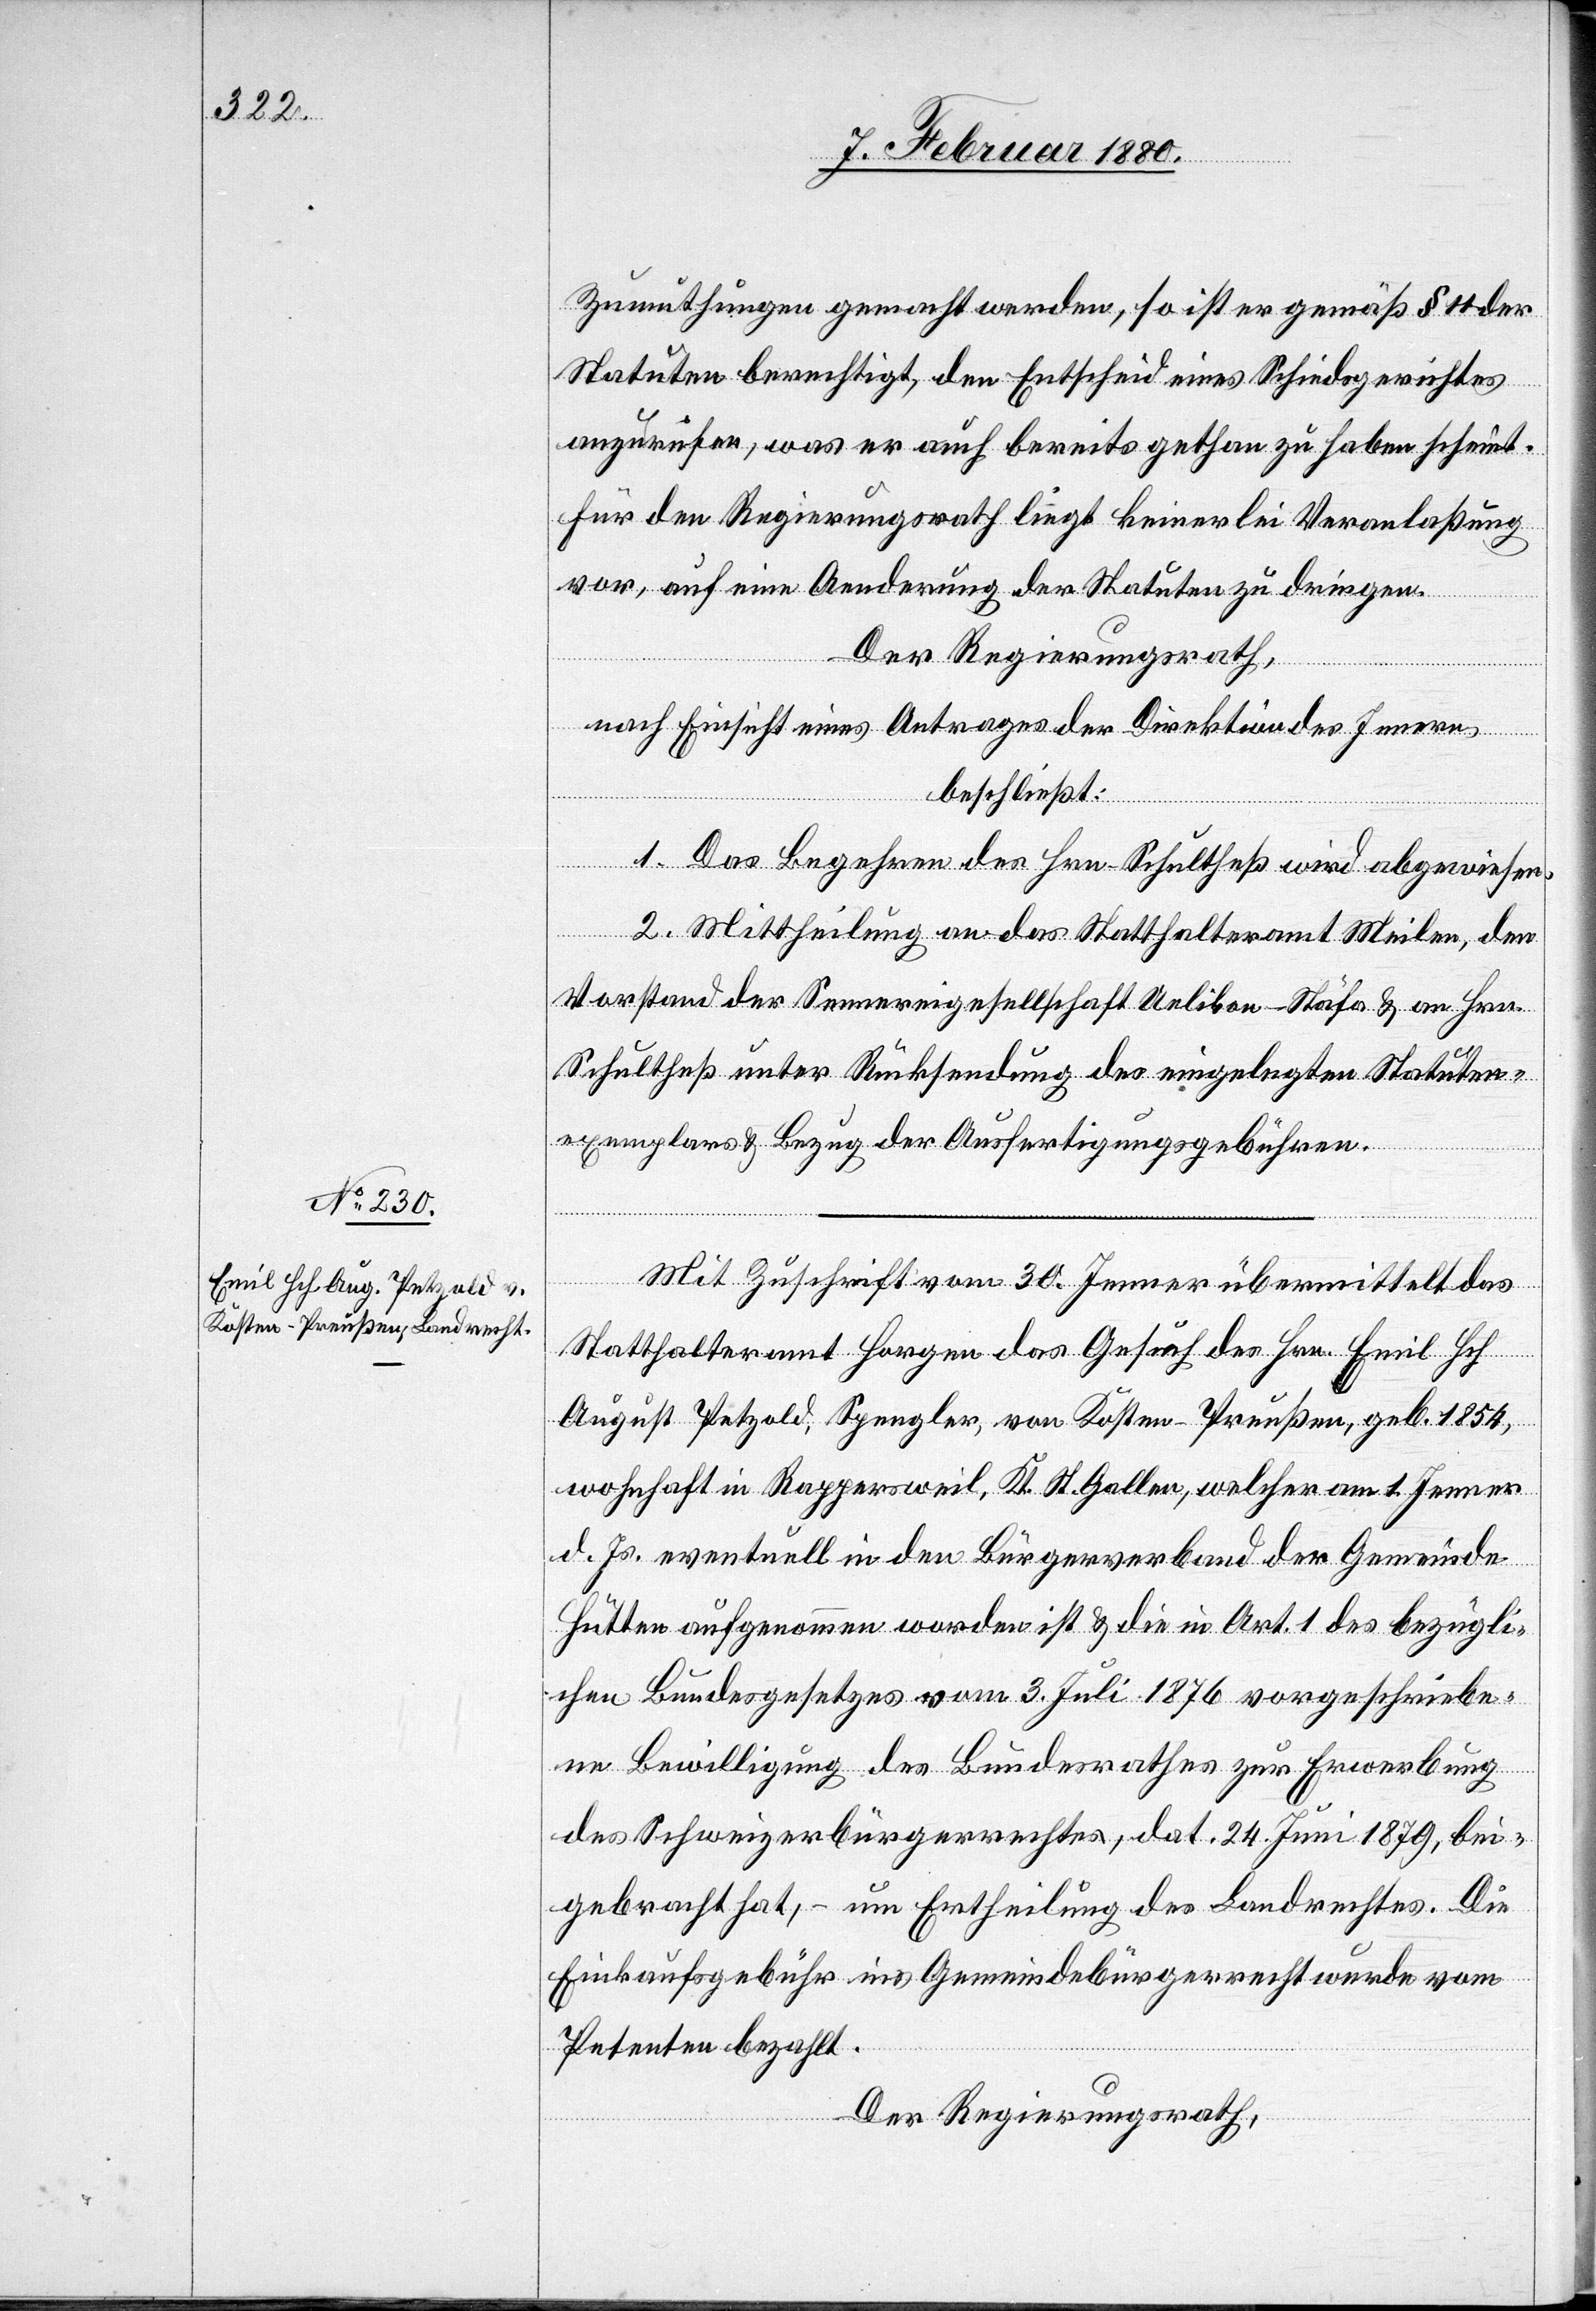
Zumuthungen gemacht werden, so ist er gemäß § 11 der
Statuten berechtigt, den Entscheid eines Schiedsgerichtes
anzurufen, was er auch bereits gethan zu haben scheint.
Für den Regierungsrath liegt keinerlei Veranlaßung
vor, auf eine Aenderung der Statuten zu dringen.
Der Regierungsrath,
nach Einsicht eines Antrages der Direktion des Innern,
beschließt:
1. Das Begehren des Hrn. Schultheß wird abgewiesen.
2. Mittheilung an das Statthalteramt Meilen, den
Vorstand der Sennereigesellschaft Uelikon - Stäfa & an Hrn.
Schultheß unter Rücksendung des eingelegten Statuten¬
exemplars & Bezug der Ausfertigungsgebühren.
Mit Zuschrift vom 30. Jenner übermittelt das
Statthalteramt Horgen das Gesuch des Hrn. Emil Hch.
August Petzold, Spengler, von Kosten - Preußen, geb. 1854,
wohnhaft in Rappersweil, Kt. St. Gallen, welcher am 1. Jenner
d. Js. eventuell in den Bürgerverband der Gemeinde
Hütten aufgenommen worden ist & die in Art. 1 des bezügli¬
chen Bundesgesetzes vom 3. Juli 1876 vorgeschriebe¬
ne Bewilligung des Bundesrathes zur Erwerbung
des Schweizerbürgerrechtes, dat. 24. Juni 1879, bei¬
gebracht hat, – um Ertheilung des Landrechtes. Die
Einkaufsgebühr ins Gemeindebürgerrecht wurde vom
Petenten bezahlt.
Der Regierungsrath,